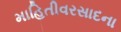
માહિતીવરસાદના